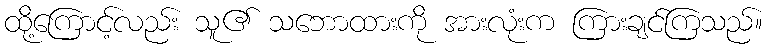
ထို့ကြောင့်လည်း သူ၏ သဘောထားကို အားလုံးက ကြားချင်ကြသည်။